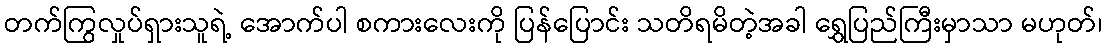
တက်ကြွလှုပ်ရှားသူရဲ့ အောက်ပါ စကားလေးကို ပြန်ပြောင်း သတိရမိတဲ့အခါ ရွှေပြည်ကြီးမှာသာ မဟုတ်၊